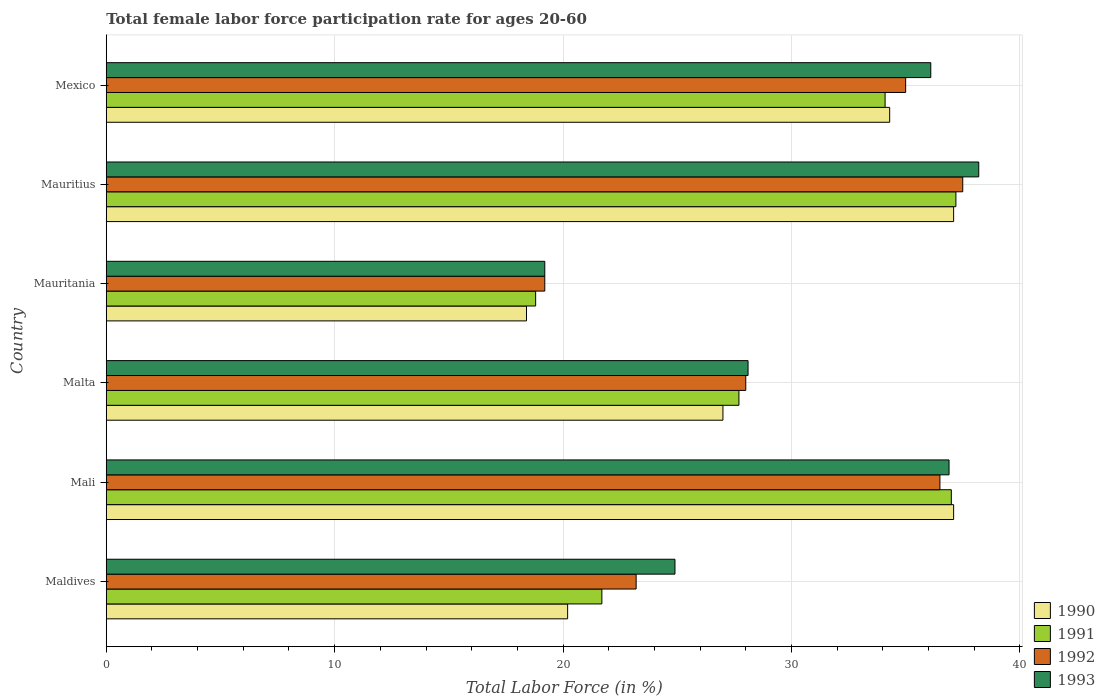
| Country | 1990 | 1991 | 1992 | 1993 |
 | --- | --- | --- | --- | --- |
 | Maldives | 20.2 | 21.7 | 23.2 | 24.9 |
 | Mali | 37.1 | 37 | 36.5 | 36.9 |
 | Malta | 27 | 27.7 | 28 | 28.1 |
 | Mauritania | 18.4 | 18.8 | 19.2 | 19.2 |
 | Mauritius | 37.1 | 37.2 | 37.5 | 38.2 |
 | Mexico | 34.3 | 34.1 | 35 | 36.1 |